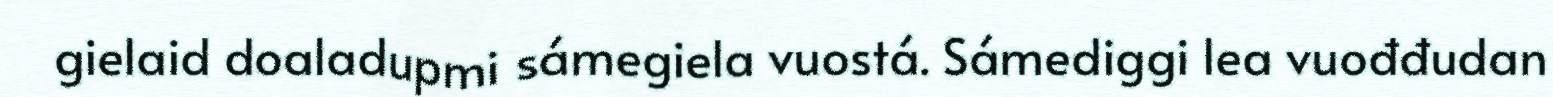
gielaid doaladupmi sámegiela vuostá. Sámediggi lea vuođđudan